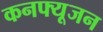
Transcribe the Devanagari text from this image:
कनफ्यूजन